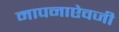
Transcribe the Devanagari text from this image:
मापनाऐवजी